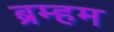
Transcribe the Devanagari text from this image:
ब्रम्हम